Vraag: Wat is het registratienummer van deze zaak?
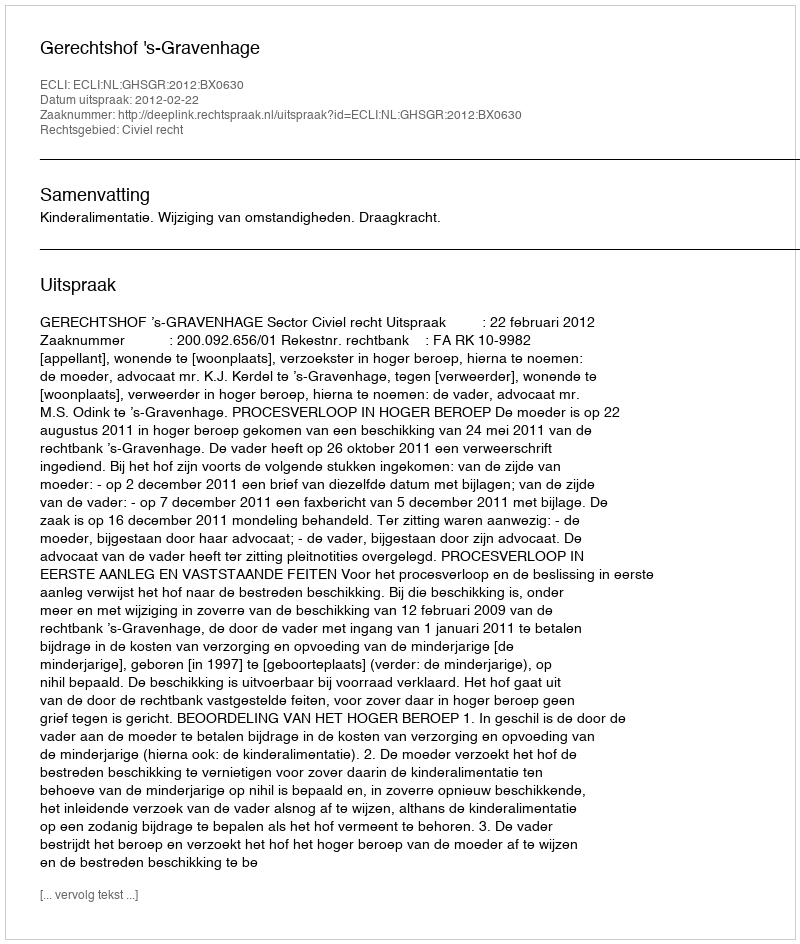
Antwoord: http://deeplink.rechtspraak.nl/uitspraak?id=ECLI:NL:GHSGR:2012:BX0630